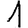
Digit: 1